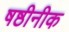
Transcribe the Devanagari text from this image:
षष्ठीनीक